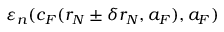
\varepsilon _ { n } ( c _ { F } ( r _ { N } \pm \delta r _ { N } , a _ { F } ) , a _ { F } )